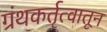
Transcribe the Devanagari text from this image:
ग्रंथकर्तृत्वातून